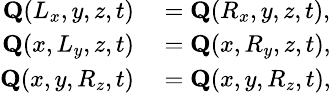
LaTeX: \small\begin{array}{rl}{\textbf{Q}(L_{x},y,z,t)}&{{}=\textbf{Q}(R_{x},y,z,t),}\\ {\textbf{Q}(x,L_{y},z,t)}&{{}=\textbf{Q}(x,R_{y},z,t),}\\ {\textbf{Q}(x,y,R_{z},t)}&{{}=\textbf{Q}(x,y,R_{z},t),}\end{array}